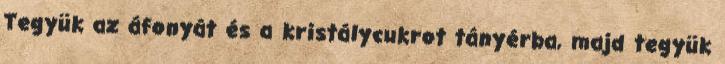
Tegyük az áfonyát és a kristálycukrot tányérba, majd tegyük